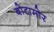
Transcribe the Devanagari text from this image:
बोटामोर